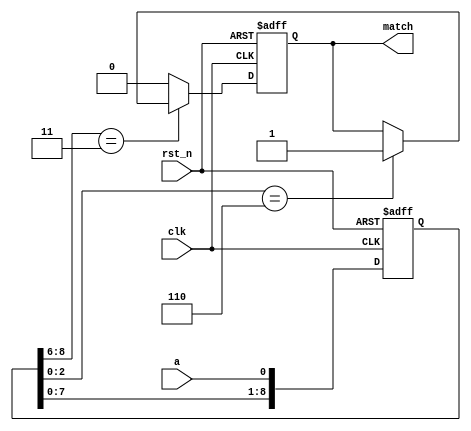
module sd2(
	input clk,
	input rst_n,
	input a,
	output reg match
	);
reg [8:0] x=0;
always@ (posedge clk,negedge rst_n)
	if(!rst_n)
		x<=0;
	else begin
		x<={x[7:0],a};
  	end
always@(posedge clk,negedge rst_n) begin
	if(!rst_n)
		match<=0;
	else if(x[8:6]==3'd011) begin
		if(x[2:0]==3'd110)
		match<=1;
	end
	else 
		match<=0;
end
endmodule